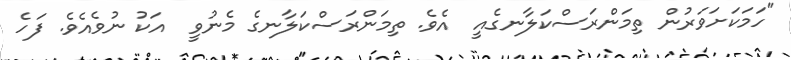
"ހަމަކަށަވަރުން ތިމަންރަސްކަލާނގެއީ  އެވެ. ތިމަންރަސްކަލާނގެ މެނުވީ  އަކު ނުވެއެވެ. ފަހެ